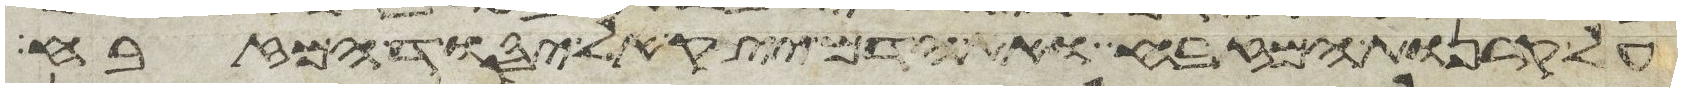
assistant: על קרנות המזבח ואת הדם יצק אל יסוד המזבח